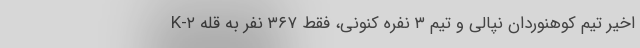
اخیر تیم کوهنوردان نپالی و تیم ۳ نفره کنونی، فقط ۳۶۷ نفر به قله K-۲